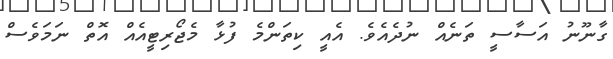
ގާނޫނު އަސާސީ ތަނެއް ނުދެއެވެ. އެއީ ކިތަންމެ ފުޅާ މެޖޯރިޓީއެއް އޮތް ނަމަވެސް